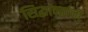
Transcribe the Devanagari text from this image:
सिद्धान्तांना